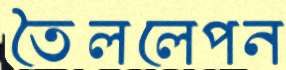
তৈললেপন